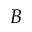
B